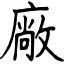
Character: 廠